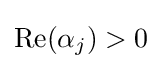
{\text{Re}}(\alpha _{j})>0